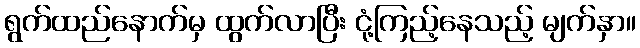
ရွက်ထည်နောက်မှ ထွက်လာပြီး ငုံ့ကြည့်နေသည့် မျက်နှာ။